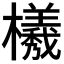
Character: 𭬮